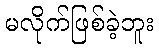
မလိုက်ဖြစ်ခဲ့ဘူး